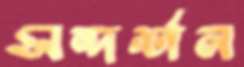
সন্দর্শন